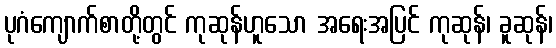
ပုဂံကျောက်စာတို့တွင် ကုဆုန်ဟူသော အရေးအပြင် ကုဆုန်၊ ခူဆုန်၊